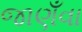
જાણઁવા